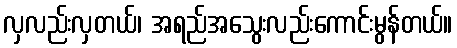
လှလည်းလှတယ်၊ အရည်အသွေးလည်းကောင်းမွန်တယ်။